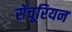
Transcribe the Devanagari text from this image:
सेंचूरियन